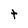
Character: t